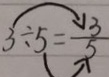
3 \div 5 = \frac { 3 } { 5 }